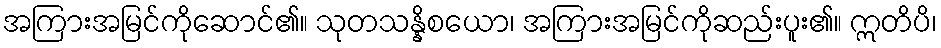
အကြားအမြင်ကိုဆောင်၏။ သုတသန္နိစယော၊ အကြားအမြင်ကိုဆည်းပူး၏။ ဣတိပိ၊